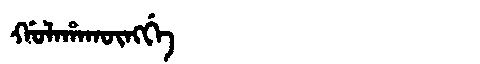
Manchu: ᡤᠣᠯᠠᡥᠠᡴᡡᠩᡤᡝ
Romanization: GOLAHAKŪNGGE